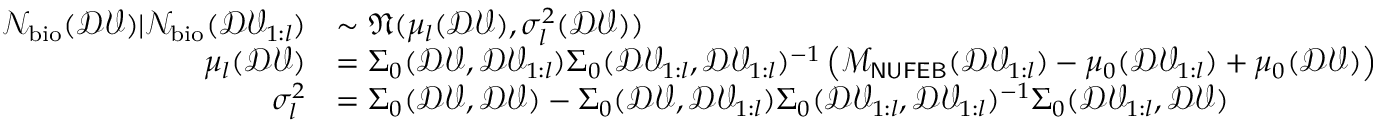
\begin{array} { r l } { \mathcal { N } _ { \mathrm { b i o } } ( \mathcal { D V } ) | \mathcal { N } _ { \mathrm { b i o } } ( \mathcal { D V } _ { 1 : l } ) } & { \sim \mathfrak { N } ( \mu _ { l } ( \mathcal { D V } ) , \sigma _ { l } ^ { 2 } ( \mathcal { D V } ) ) } \\ { \mu _ { l } ( \mathcal { D V } ) } & { = \Sigma _ { 0 } ( \mathcal { D V } , \mathcal { D V } _ { 1 : l } ) \Sigma _ { 0 } ( \mathcal { D V } _ { 1 : l } , \mathcal { D V } _ { 1 : l } ) ^ { - 1 } \left( \mathcal { M } _ { \sf N U F E B } ( \mathcal { D V } _ { 1 : l } ) - \mu _ { 0 } ( \mathcal { D V } _ { 1 : l } ) + \mu _ { 0 } ( \mathcal { D V } ) \right) } \\ { \sigma _ { l } ^ { 2 } } & { = \Sigma _ { 0 } ( \mathcal { D V } , \mathcal { D V } ) - \Sigma _ { 0 } ( \mathcal { D V } , \mathcal { D V } _ { 1 : l } ) \Sigma _ { 0 } ( \mathcal { D V } _ { 1 : l } , \mathcal { D V } _ { 1 : l } ) ^ { - 1 } \Sigma _ { 0 } ( \mathcal { D V } _ { 1 : l } , \mathcal { D V } ) } \end{array}